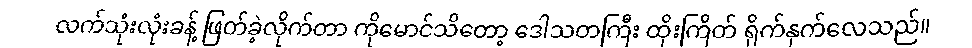
လက်သုံးလုံးခန့် ဖြတ်ခဲ့လိုက်တာ ကိုမောင်သိတော့ ဒေါသတကြီး ထိုးကြိတ် ရိုက်နှက်လေသည်။